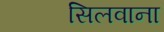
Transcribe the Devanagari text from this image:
सिलवाना